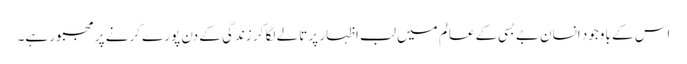
اس کے باوجود انسان بے بسی کے عالم میں لب اظہار پر تالے لگا کر زندگی کے دن پورے کرنے پر مجبور ہے۔